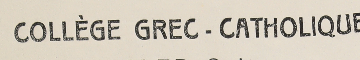
COLLÈGE GREC - CATHOLIQUE